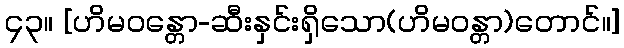
၄၃။ [ဟိမဝန္တော-ဆီးနှင်းရှိသော(ဟိမဝန္တာ)တောင်။]